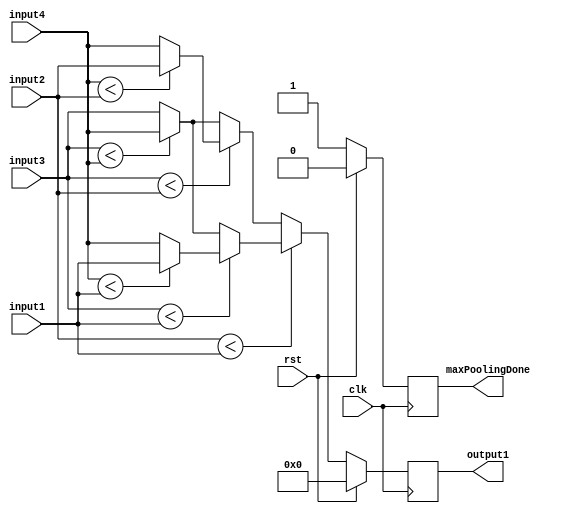


module maxPooling(
    	input clk,
    	input rst,
	input [15:0] input1,
	input [15:0] input2,
	input [15:0] input3,
	input [15:0] input4,
    output reg signed [15:0] output1,
	output reg maxPoolingDone
    );

	
	
	
	always @ (posedge clk) begin
		if(~rst) begin
				if($signed(input2) < $signed(input1)) begin
					if($signed(input3) < $signed(input1)) begin
						if($signed(input4) < $signed(input1)) begin
							output1 <= input1;
							maxPoolingDone <= 1;
						end
						else begin
							output1 <= input4;
							maxPoolingDone <= 1;
						end
					end
					else begin
						if($signed(input3) < $signed(input4)) begin
							output1 <= input4;
							maxPoolingDone <= 1;
						end
						else begin
							output1 <= input3;
							maxPoolingDone <= 1;
						end
					end
				end
				else begin
					if($signed(input3) < $signed(input2)) begin
						if($signed(input4) < $signed(input2)) begin
							output1 <= input2;
							maxPoolingDone <= 1;
						end
						else begin
							output1 <= input4;
							maxPoolingDone <= 1;
						end
					end
					else begin
						if($signed(input3) < $signed(input4)) begin
							output1 <= input4;
							maxPoolingDone <= 1;
						end
						else begin
							output1 <= input3;
							maxPoolingDone <= 1;
						end
					end
				end
			end

		else begin
			output1 <= 0;
			maxPoolingDone <= 0;
		end
	end


endmodule